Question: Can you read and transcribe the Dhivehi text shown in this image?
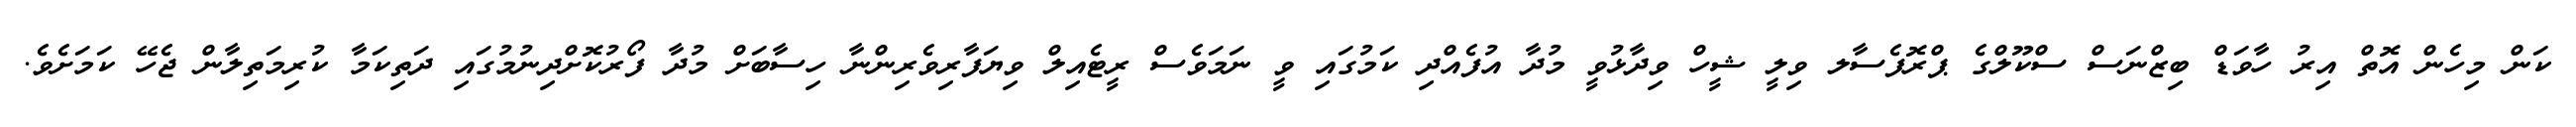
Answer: ކަން މިހެން އޮތް އިރު ހާވަޑް ބިޒްނަސް ސްކޫލްގެ ޕްރޮފެސާލ ވިލީ ޝީހް ވިދާޅުވީ މުދާ އުފެއްދި ކަމުގައި ވީ ނަމަވެސް ރީޓެއިލް ވިޔަފާރިވެރިންނާ ހިސާބަށް މުދާ ފޯރުކޮށްދިނުމުގައި ދަތިކަމާ ކުރިމަތިލާން ޖެހޭ ކަމަށެވެ.